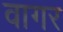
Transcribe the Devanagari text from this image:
वागर